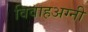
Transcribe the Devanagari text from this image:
विवाहअग्नी